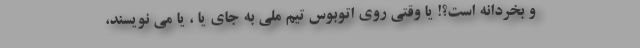
و بخردانه است؟! یا وقتی روی اتوبوس تیم ملی به جای یا ، یا می نویسند،